Bombay plague: being a history of the progress of plague in the Bombay presidency from September 1896 to June 1899
Year: 1896
Disease focus: Plague
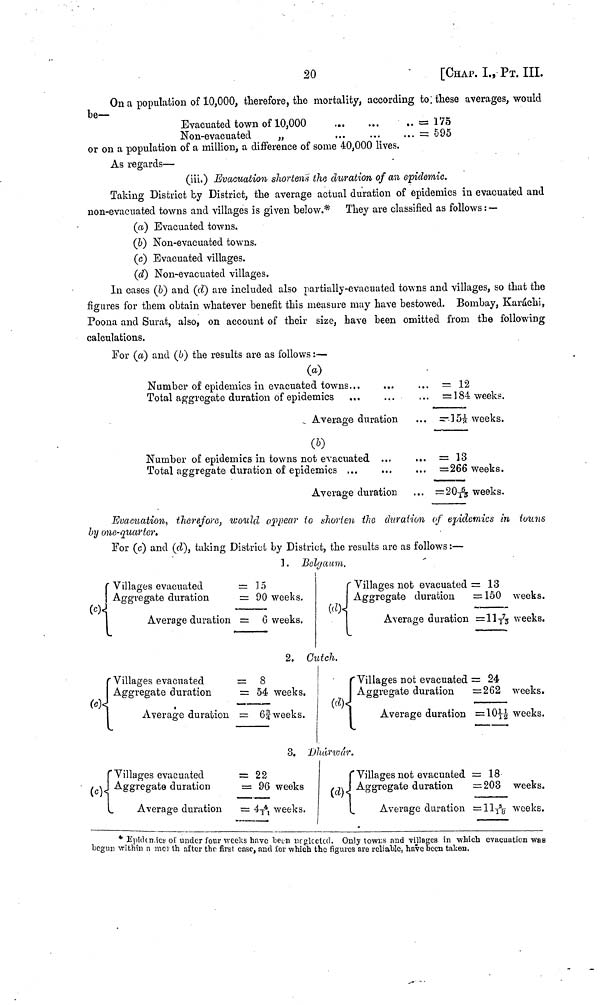
20
[CHAP. I., ΡT. III.
On a population of 10,000, therefore, the mortality, according to: these averages, would
be——
Evacuated town of 10,000
= 175
Non-evacuated
„
...
= 595
or on a population of a million, a difference of some 40,000 lives.
As regards—
(iii.) Evacuation shortens the duration of an epidemic.
Taking District by District, the average actual duration of epidemics in evacuated and
non-evacuated towns and villages is given below.*
They are classified as follows: —
(a) Evacuated towns.
(b) Non-evacuated towns.
(c) Evacuated villages.
(d) Non-evacuated villages.
In cases (b) and (d) are included also partially-evacuated towns and villages, so that the
figures for them obtain whatever benefit this measure may have bestowed. Bombay, Karachi,
Poona and Surat, also, on account of their size, have been omitted from the following
calculations.
For (a) and (b) the results are as follows :—
(a)
Number of epidemics in evacuated towns
Total aggregate duration of epidemics ...
...
...
Average duration
(b)
Number of epidemics in towns not evacuated
Total aggregate duration of epidemics ...
...
...
Average duration
...
...
...
,,,
...
...
= 12
= 184 weeks.
= 15 weeks.
= 13
= 266 weeks.
=206/13weeks.
Evacuation, therefore, would appear to shorten the duration of epidemics in touns
by one-quarter.
For (c) and (d), taking District by District, the results are as follows :—
1 . Belgaum.
{ Villages evacuated
{ Aggregate duration
(c)
Average duration
= 15
= 90 weeks.
= 6 weeks.
Villages not evacuated = 13
Aggregate duration
=150
weeks.
(d)
Average duration =11
7/
13 weeks.
2. Cutch.
(
Villages evacuated
Aggregate duration
Average duration
= 8
= 54 weeks.
= 6¾ weeks.
(Villages not evacuated = 24
Aggregate duration
=262 weeks.
Average duration = 1011/12 weeks.
8. Dhárwár.
Villages evacuated
(c) Aggregate duration
Average duration
= 22
= 96 weeks
= 4 4/11 weeks.
Villages not evacuated = 18
(d) Aggregate duration
=203 weeks.
Average duration =115/18 weeks.
*Epidenics of under four weeks have been neglected. Only towrs and villages in which evacuation was
begun within a mel th after the first case, and for which the figures are reliable, have been taken.